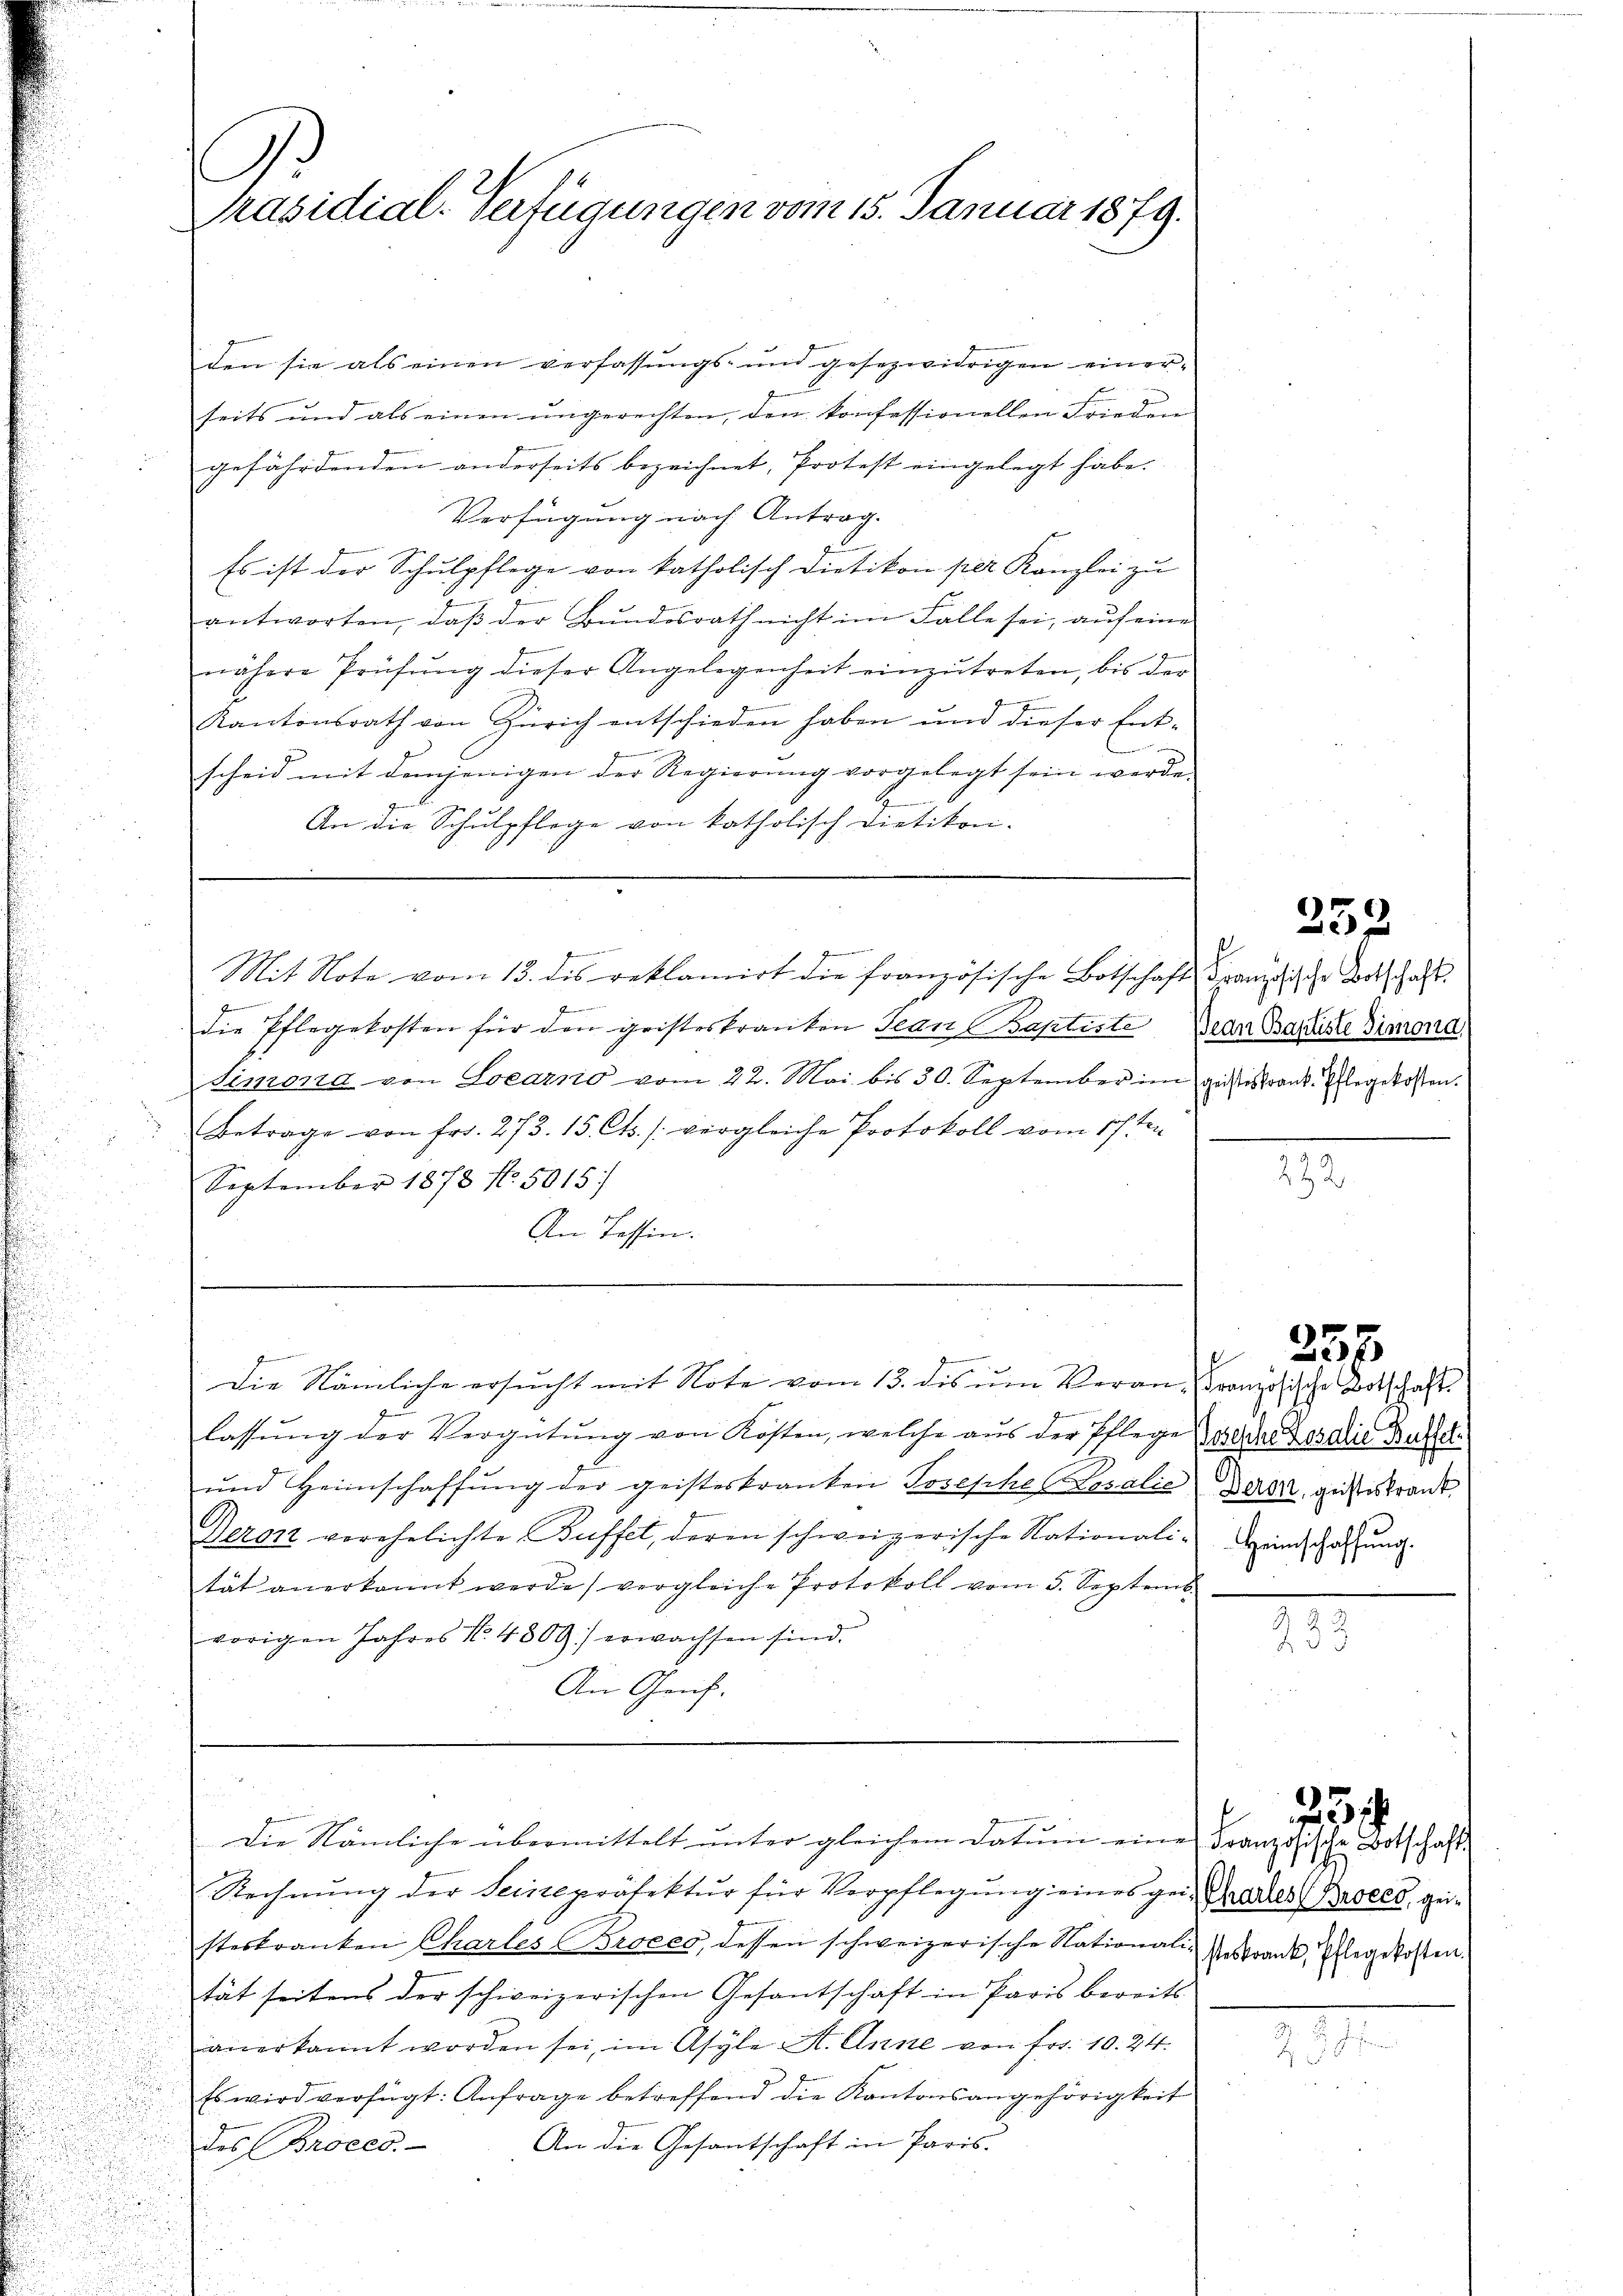
Präsidial-Verfügungen vom 15. Januar 1879.

den sie als einen verfassungs- und gesezwidrigen einer-
seits und als einen ungerechten, den konfessionellen Frieden
gefährdenden anderseits bezeichnet, Protest eingelegt habe.
Verfügung nach Antrag.
Es ist der Schulpflege von katholisch Dietikon per Kanzlei zu
antworten, daβ der Bundesrath nicht im Falle sei, auf eine
nähere Prüfŭng dieser Angelegenheit einzŭtreten, bis der
Kantonsrath von Zürich entschieden haben und dieser Ent-
w
scheid mit demjenigen der Regierŭng vorgelegt sein werde.
E
An die Schulpflege von katholisch vietikon-
Z
kennen an d
Mit Note vom 13. dis reklamirt die französische Botschaft, Franzische Botschaft.
f
die Pflegekosten für den gristeskranken Jean Baptiste Dran Baptiste Simona
Simona von Locarno vom 22. Mai bis 30. September im geisteskrank. Pflegekosten.
Betrage von fr. 273. 15. Cts. /: vergleiche Protokoll vom 17ten
September 1873 No. 5015/
An Tessin.

Die Nämliche übermittelt ŭnter gleichem Datŭm eine Französische Botschaft

J
Die Nämliche ersŭcht mit Note vom 13. dis ŭm Veran-Französische Botschaft
lassŭng der Vergütŭng von Kosten, welche aŭs der Pflege Tasche Los die Busser
und Heimschaffung der geisteskranken Josephe Coralie Der geisteskrank
Deron verehelichte Buffet, deren schweizerische Nationali einschaffung
tät anerkannt werde, vergleiche Protokoll vom 5. Septemb.
vorigen Jahres N. 4809) erwachsen sind.
An Grif.

d
Rechnung der Seinepräfektur für Verpflegung eines geisteskranken Charles Proces, dessen schweizerische Nationali-
tät seitens der schweizerischen Gesantschaft in Paris bereits
anerkannt worden sei, im Asyle A. Anne von Fr. 10. 24.
Es wird verfügt: Anfrage betreffend die Kantonsangehörigkeit
An die Gesantschaft in Paris.
des Broces.

282

2

252

257.

Chartes Broces, geisteskrank, Pflegekosten.

7